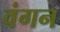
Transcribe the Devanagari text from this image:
वंगन